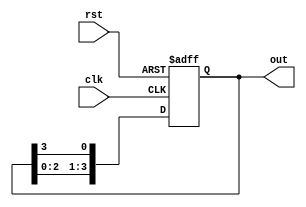
module ring_counter #(
    parameter n = 4  // Number of flip-flops (change as needed)
)(
    input wire clk,      // Clock input
    input wire rst,      // Synchronous reset input
    output reg [n-1:0] out // Output state of the counter
);

    // Initial state
    initial begin
        out = 1'b1; // Start with only the first flip-flop set to '1'
    end

    // On each clock edge
    always @(posedge clk or posedge rst) begin
        if (rst) begin
            // Reset to initial state
            out <= 1'b1; // Reset to '100...0'
        end else begin
            // Shift the '1' to the next flip-flop
            out <= {out[n-2:0], out[n-1]}; // Shift left and wrap around
        end
    end

endmodule